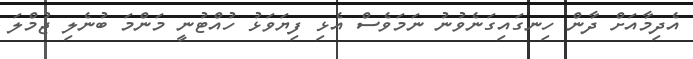
އެދިމާއަށް ދާން ހިނގައިގަނެވުނު ނަމަވެސް އެޅި ފިޔަވަޅު ހުއްޓުނީ މަންމަ ބުނެލި ޖުމްލަ